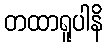
တထာရူပါနိ